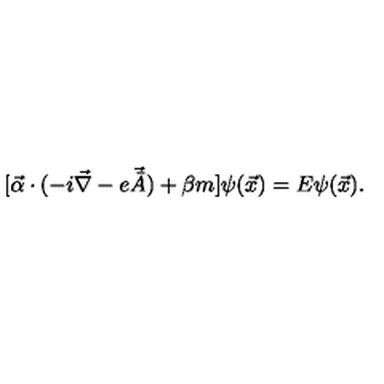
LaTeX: [ \vec { \alpha } \cdot ( - i \vec { \nabla } - e \vec { \bar { A } } ) + \beta m ] \psi ( \vec { x } ) = E \psi ( \vec { x } ) .